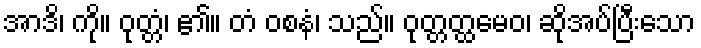
အာဒိ၊ ကို။ ဝုတ္တံ၊ ၏။ တံ ဝစနံ၊ သည်။ ဝုတ္တတ္ထမေဝ၊ ဆိုအပ်ပြီးသော